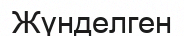
Жүнделген